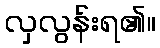
လှလွန်းရ၏။